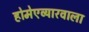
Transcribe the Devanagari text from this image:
होमेएव्‍यारवाला